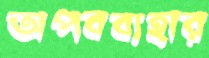
অপবব্যহার